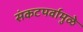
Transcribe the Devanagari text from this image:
संकटपर्वामुळे